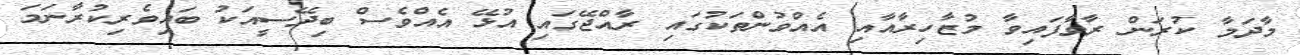
މާދަމާ ކުރަން ރާވާފައިވާ މުޒާހިރާއާއި އެއްވުންތަކުގައި ރާއްޖޭގައި އުޅޭ އެއްވެސް ބިދޭސީއަކު ބައިވެރިކުރާނަމަ